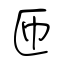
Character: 匝